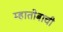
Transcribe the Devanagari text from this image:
म्हातोबाची